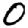
Digit: 0